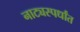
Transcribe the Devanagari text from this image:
नाट्यस्पर्धांत